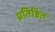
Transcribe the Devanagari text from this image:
प्रतिष्ठित